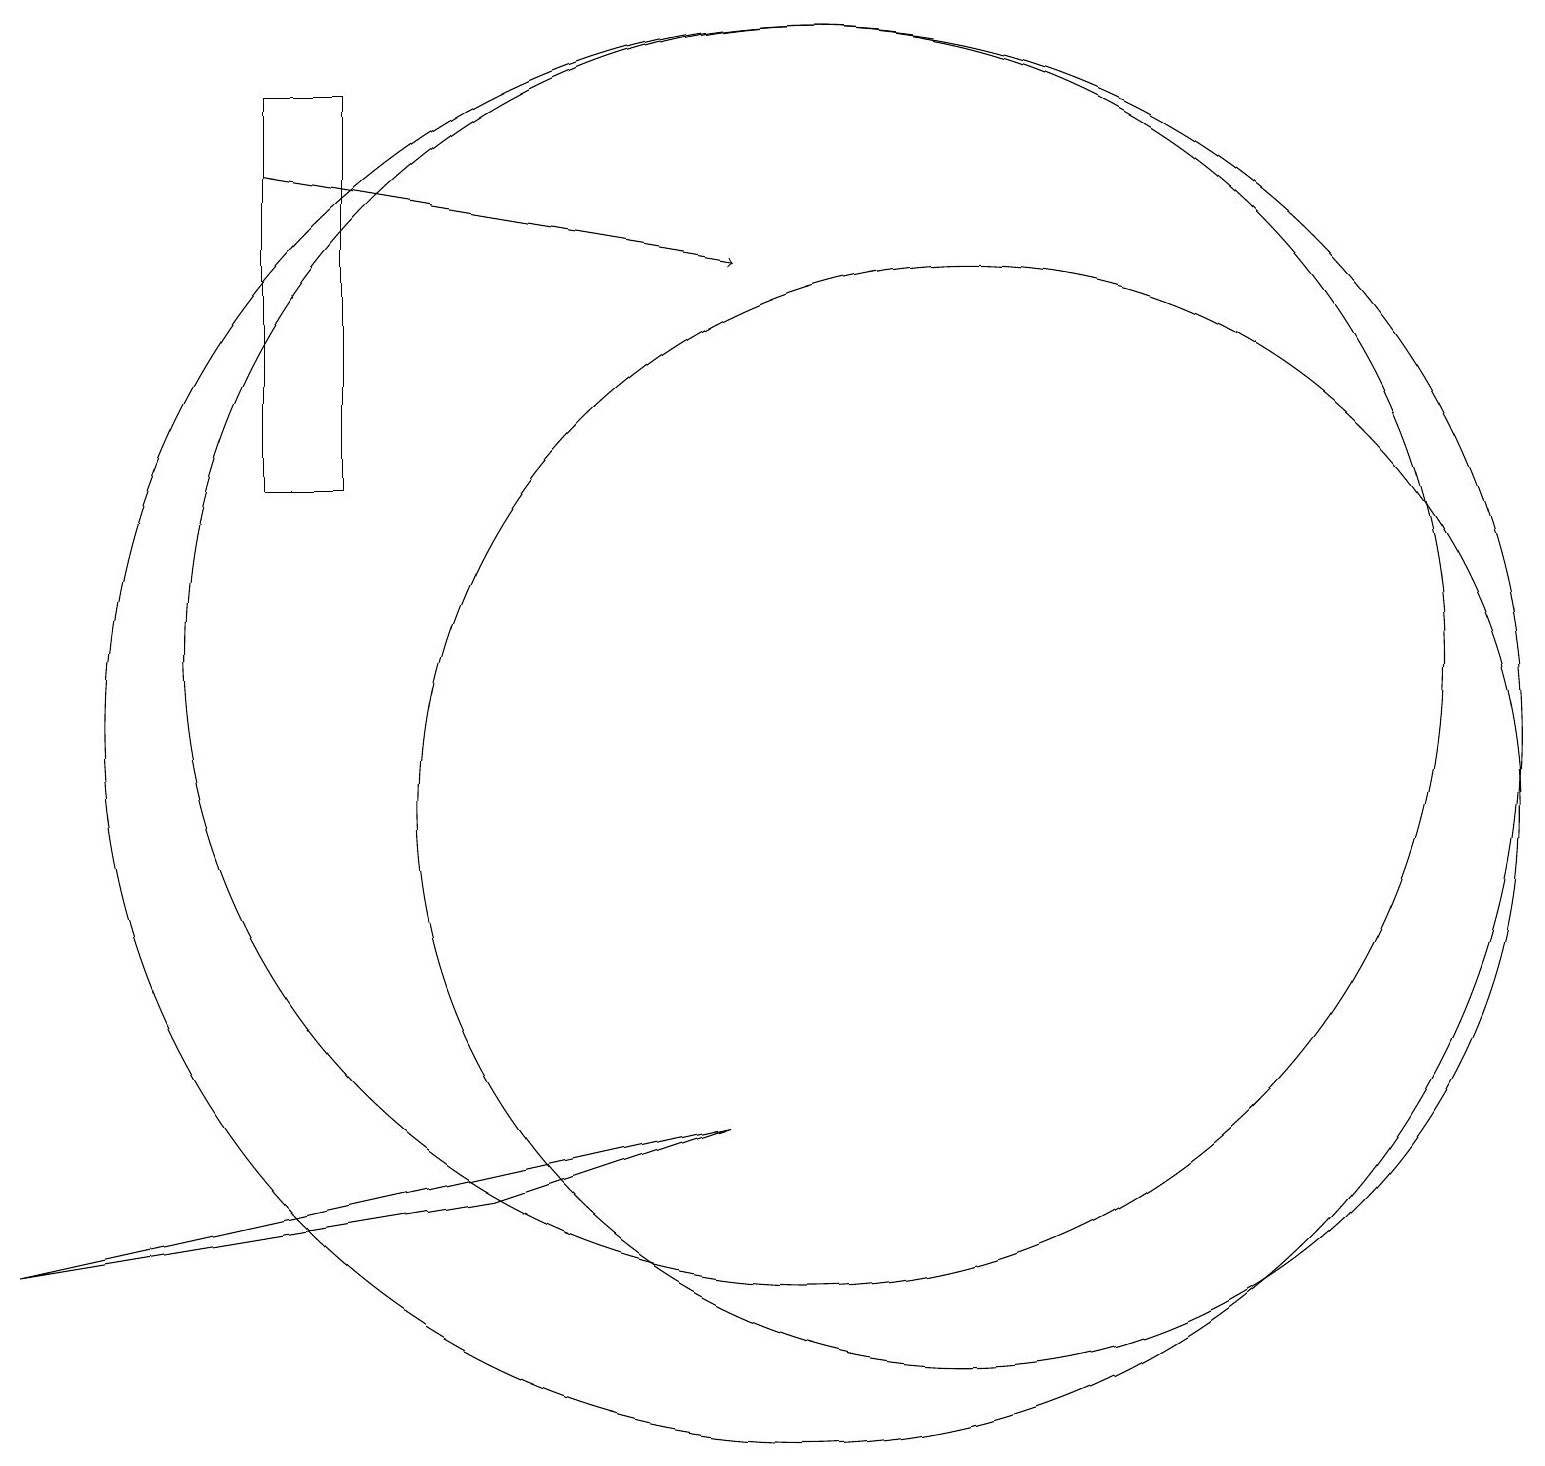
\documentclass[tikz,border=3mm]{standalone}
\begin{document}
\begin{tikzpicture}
\draw[->] (3,18) -- (9,17);
\draw (10,12) circle (8);
\draw (6,5) -- (9,6) -- (0,4) -- cycle;
\draw (12,10) circle (7);
\draw (10,11) circle (9);
\draw (3,14) rectangle (4,19);
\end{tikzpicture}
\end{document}